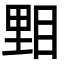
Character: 𥆤